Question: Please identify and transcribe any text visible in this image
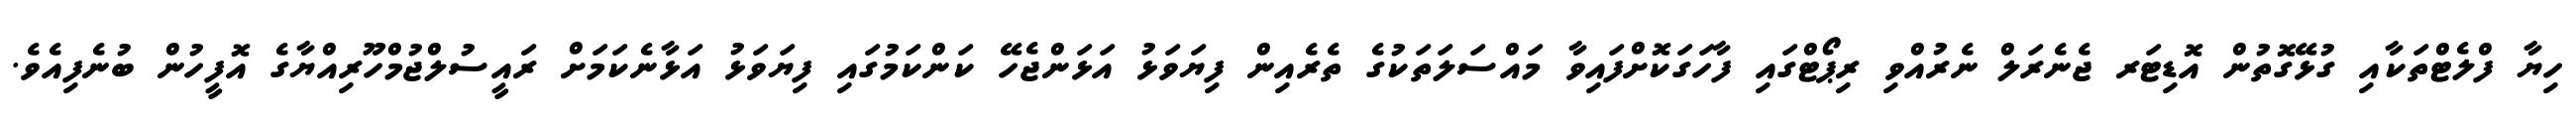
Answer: ހިޔާ ފްލެޓްތަކާއި ގުޅޭގޮތުން އޮޑިޓަރ ޖެނެރަލް ނެރުއްވި ރިޕޯޓްގައި ފާހަގަކޮށްފައިވާ މައްސަލަތަކުގެ ތެރެއިން ފިޔަވަޅު އަޅަންޖެހޭ ކަންކަމުގައި ފިޔަވަޅު އަޅާނެކަމަށް ރައީސުލްޖުމްހޫރިއްޔާގެ އޮފީހުން ބުނެފިއެވެ.